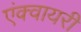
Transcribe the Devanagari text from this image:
एंक्वायरी